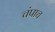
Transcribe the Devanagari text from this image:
चंपाच